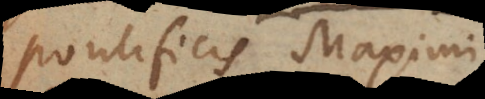
pontificis maximi